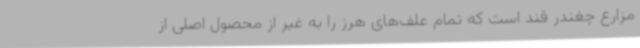
مزارع چغندر قند است که تمام علف‌های هرز را به غیر از محصول اصلی از